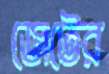
জেটের